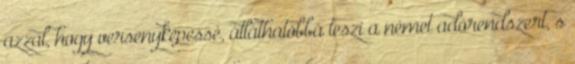
azzal, hogy versenyképessé, átláthatóbbá teszi a német adórendszert, s